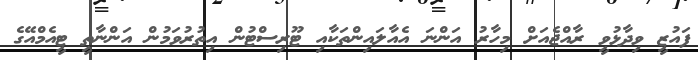
ފައުޒީ ވިދާޅުވީ ރާއްޖެއަށް މިހާރު އަންނަ އެއާލައިންތަކާއި ޓޫރިސްޓުން އިތުރުވަމުން އަންނާތީ ޓީއެމްއޭގެ